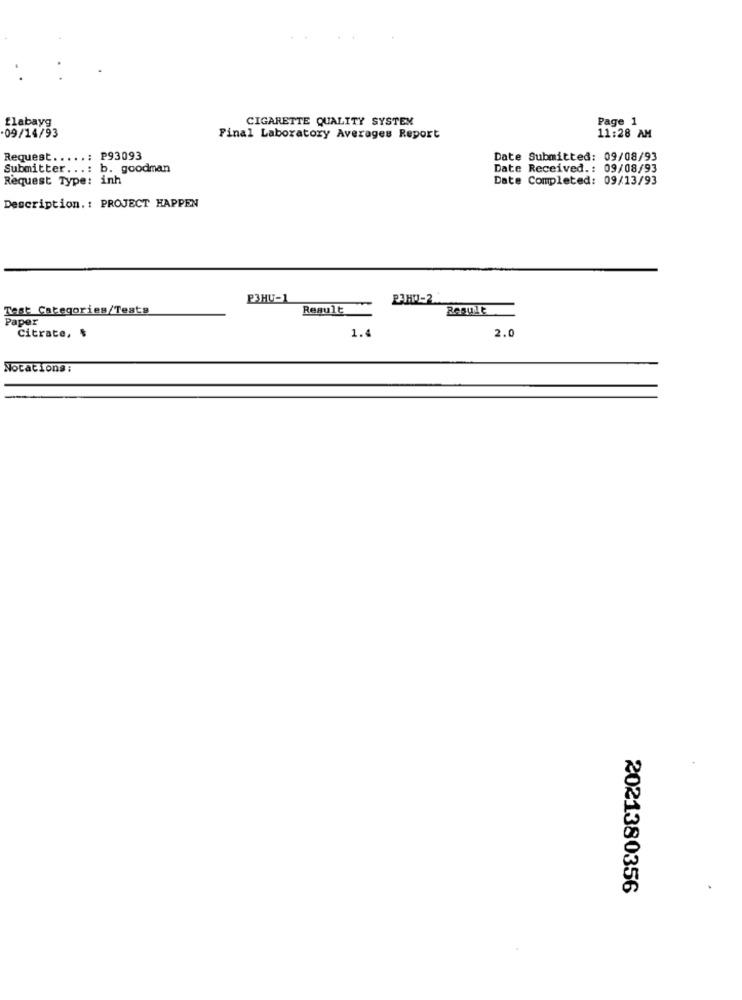
flabayg
CIGARETTE QUALITY SYSTEM
Page 1
09/14/93
Final Laboratory Averages Report
11:28 AM
Request .....: P93093
Date Submitted: 09/08/93
Submitter ...: b. goodman
Date Received .: 09/08/93
Request Type: inh
Date Completed: 09/13/93
Description .: PROJECT HAPPEN
P3HU-1
PAMU-2
Test Categories/Tests
Result
Result
Paper
1.4
2.0
Citrate, $
Nocations :
2021380356